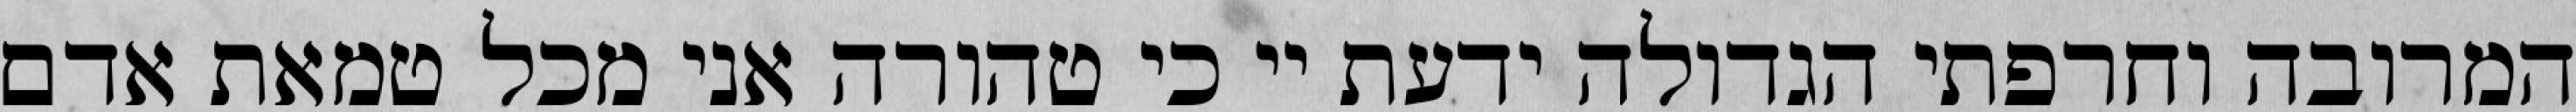
המרובה וחרפתי הגדולה ידעת יי כי טהורה אני מכל טמאת אדם